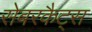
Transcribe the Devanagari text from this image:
सेबरकैट्स